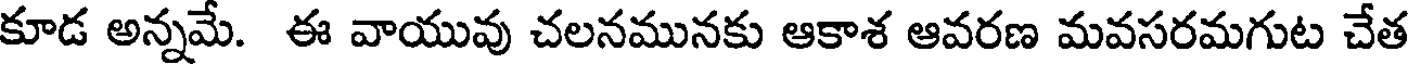
కూడ అన్నమే. ఈ వాయువు చలనమునకు ఆకాశ ఆవరణ మవసరమగుట చేత